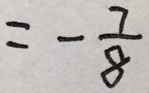
= - \frac { 7 } { 8 }